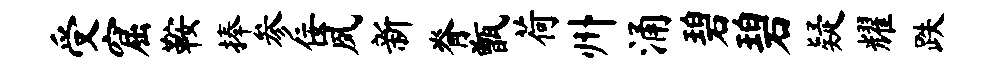
受窟鞍捧参佞夙新脊甑荷州涌碧碧疑耀跌